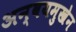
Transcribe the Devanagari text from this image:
अन्वयमुखेन